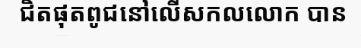
ជិតផុតពូជនៅលើសកលលោក បាន